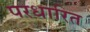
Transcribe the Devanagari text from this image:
परधारित